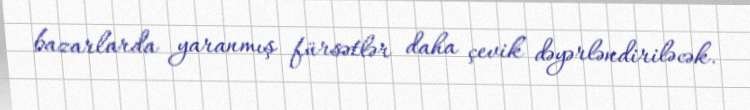
bazarlarda yaranmış fürsətlər daha çevik dəyərləndiriləcək.